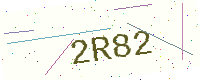
Text: 2R82